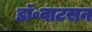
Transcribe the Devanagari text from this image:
डॉ॰वाटसन